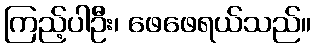
ကြည့်ပါဦး၊ ဖေဖေရယ်သည်။